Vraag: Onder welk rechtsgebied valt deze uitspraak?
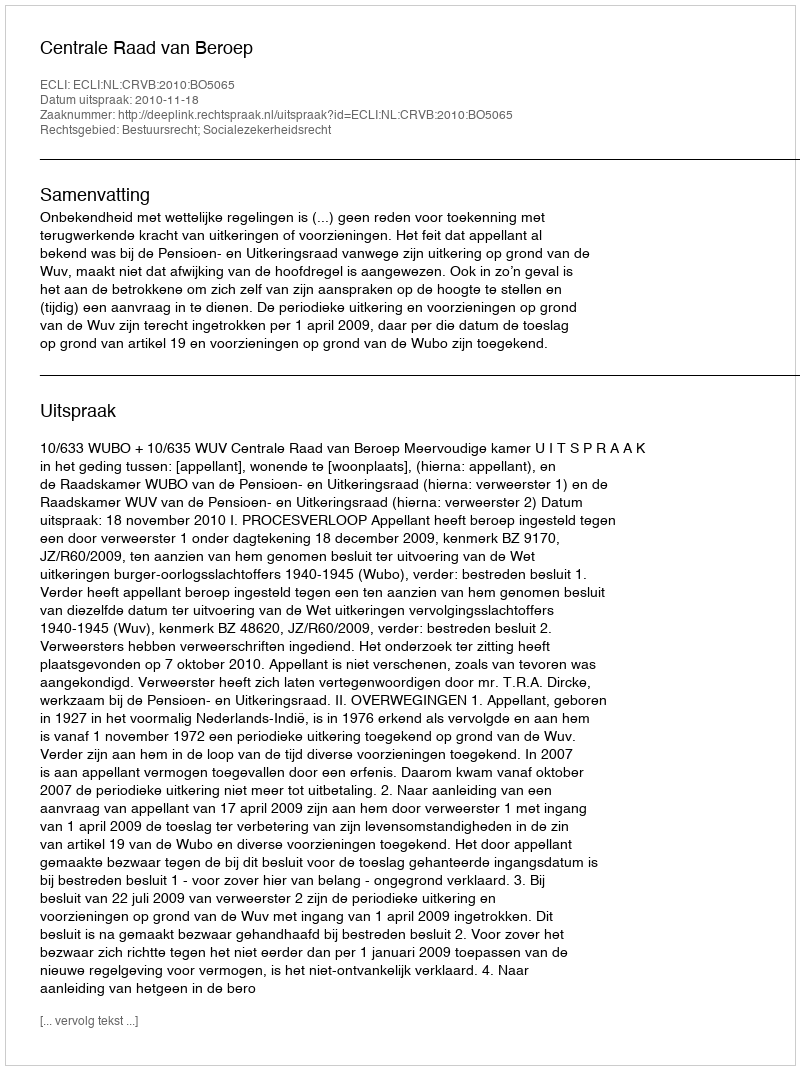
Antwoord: Bestuursrecht; Socialezekerheidsrecht